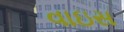
વાઇસ